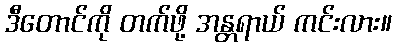
ဒီတောင်ကို တက်ဖို့ အန္တရာယ် ကင်းလား။